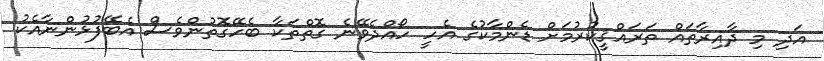
އަދި މި ދާއިރާތައް ތަރައްޤީކުރުމަށް ޑެންމާކުގެ އެހީ ހޯއްދެވޭނެ ގޮތްތަކާ ބެހޭގޮތުންވެސް އެބޭފުޅުންނާއެކު